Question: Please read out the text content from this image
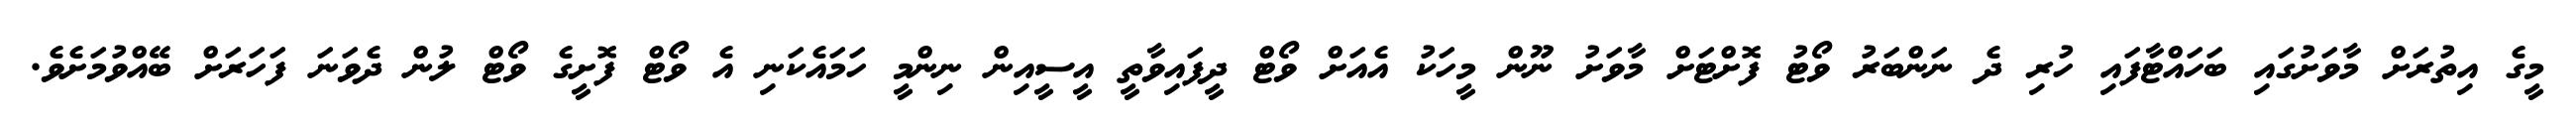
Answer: މީގެ އިތުރަށް މާވަށުގައި ބަހައްޓާފައި ހުރި ދެ ނަންބަރު ވޯޓު ފޮށްޓަށް މާވަށު ނޫން މީހަކު އެއަށް ވޯޓް ދީފައިވާތީ އީސީއިން ނިންމީ ހަމައެކަނި އެ ވޯޓް ފޮށީގެ ވޯޓް ލުން ދެވަނަ ފަހަރަށް ބޭއްވުމަށެވެ.